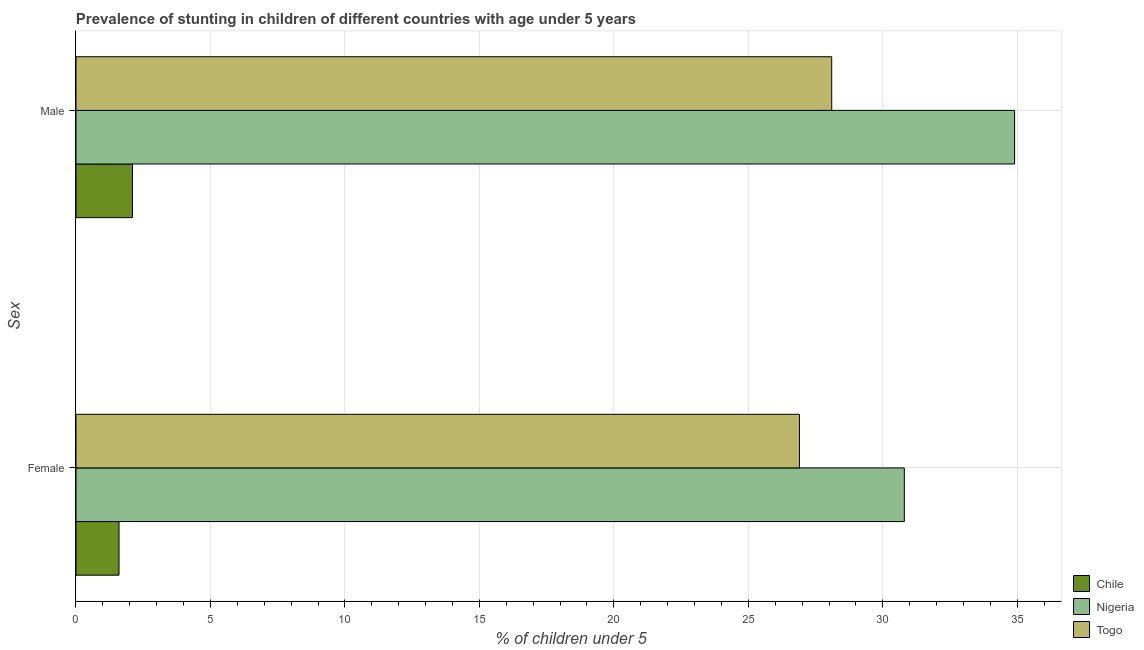
| Sex | Chile | Nigeria | Togo |
 | --- | --- | --- | --- |
 | Female | 1.6 | 30.8 | 26.9 |
 | Male | 2.1 | 34.9 | 28.1 |